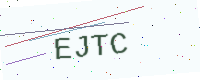
Text: EJTC